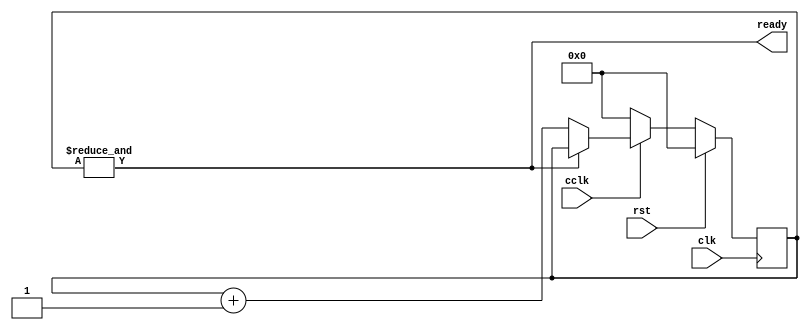
/*
   This file was generated automatically by the Mojo IDE version B1.3.4.
   Do not edit this file directly. Instead edit the original Lucid source.
   This is a temporary file and any changes made to it will be destroyed.
*/

/*
   Parameters:
     CLK_FREQ = CLK_FREQ
*/
module cclk_detector_3 (
    input clk,
    input rst,
    input cclk,
    output reg ready
  );
  
  localparam CLK_FREQ = 26'h2faf080;
  
  
  localparam CTR_SIZE = 4'he;
  
  reg [13:0] M_ctr_d, M_ctr_q = 1'h0;
  
  always @* begin
    M_ctr_d = M_ctr_q;
    
    ready = (&M_ctr_q);
    if (cclk == 1'h0) begin
      M_ctr_d = 1'h0;
    end else begin
      if (!(&M_ctr_q)) begin
        M_ctr_d = M_ctr_q + 1'h1;
      end
    end
  end
  
  always @(posedge clk) begin
    if (rst == 1'b1) begin
      M_ctr_q <= 1'h0;
    end else begin
      M_ctr_q <= M_ctr_d;
    end
  end
  
endmodule